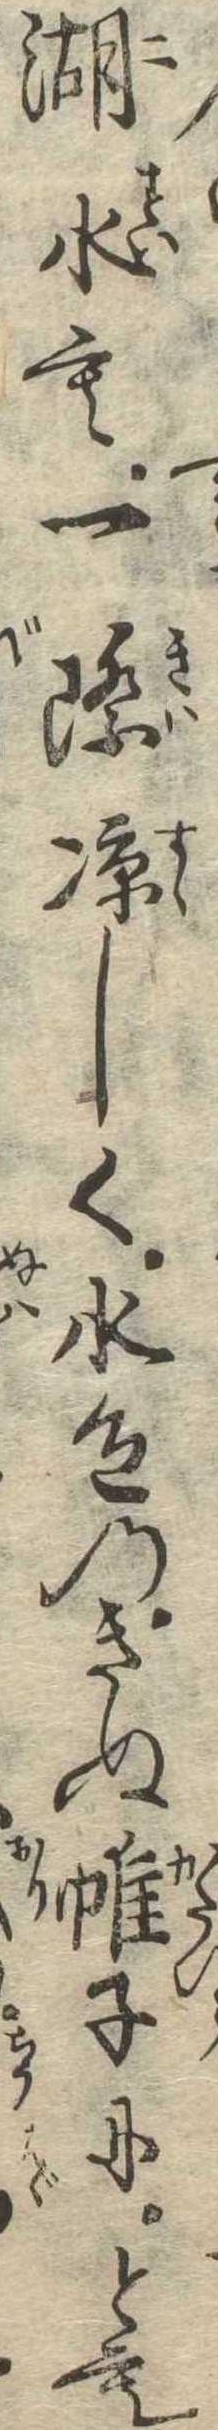
湖水も一際涼しく水色のきぬ帷子にとも